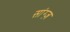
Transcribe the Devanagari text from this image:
सांग्ज़